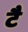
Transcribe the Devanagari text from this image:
टै